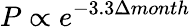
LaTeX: P\propto e^{-3.3\Delta month}